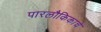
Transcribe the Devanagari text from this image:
पारलौकिकाचे